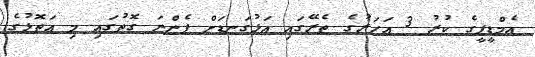
އެމްޑީޕީގެ ކުރު 3 އަހަރުގެ ތެރޭގައި އަޅުގަނޑަށް ފެންނަ ގޮތުގައި މި އަތޮޅުގެ